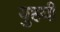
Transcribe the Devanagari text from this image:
युहयी